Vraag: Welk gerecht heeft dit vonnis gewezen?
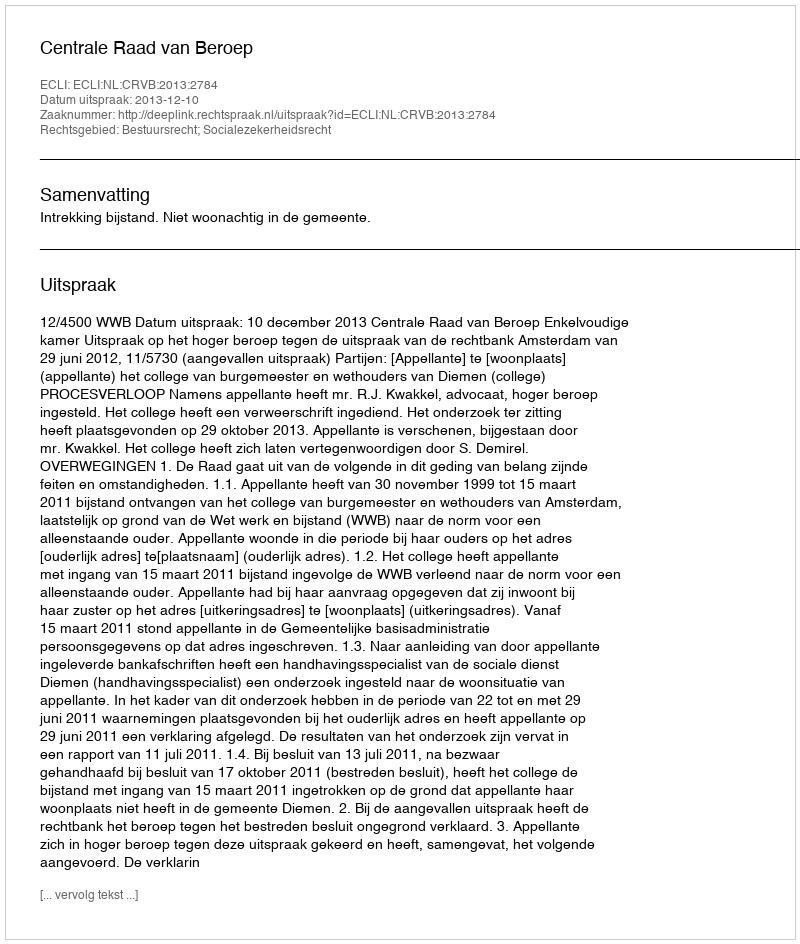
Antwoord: Centrale Raad van Beroep